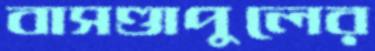
বাসণ্ডাপুলের